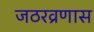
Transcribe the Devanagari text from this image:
जठरव्रणास